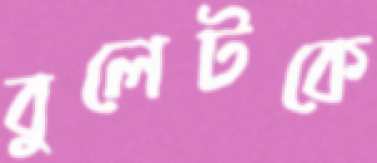
বুলেটকে